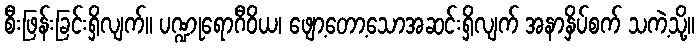
စီးဖြန်းခြင်းရှိလျက်။ ပဏ္ဍုရောဂီဝိယ၊ ဖျော့တော့သောအဆင်းရှိလျက် အနာနှိပ်စက် သကဲ့သို့။